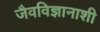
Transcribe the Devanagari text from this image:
जैवविज्ञानाशी